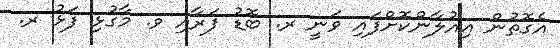
އެގޮތުން އިއުލާންކޮށްފައި ވަނީ ރ. ބޮޑު ފަރާއި ވ. މާގުޅި ފަޅު ރ.